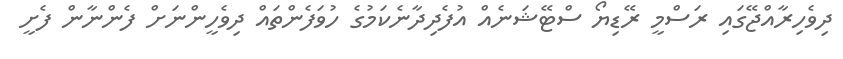
ދިވެހިރާއްޖޭގައި ރަސްމީ ރޭޑިޔޯ ސްޓޭޝަނެއް އުފެދިދާނެކަމުގެ ހުވަފެންތައް ދިވެހީންނަށް ފެންނާން ފެށީ